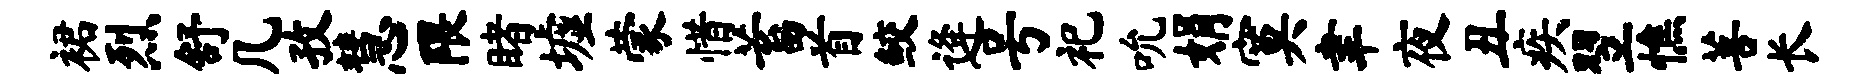
裙烈舒几孜慧隈睹墟蒙惜蓄首鲛逄号祀吮娟寞聿夜丑疾翌憔菩长